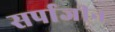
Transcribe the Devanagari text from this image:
सर्पाजीन